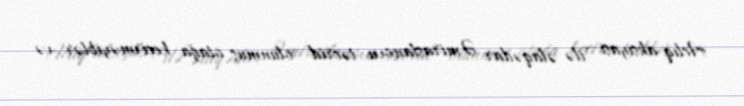
Aclıq aksiyası ilə əlaqədar Əmiraslanovu təcrid olunmuş otağa keçirməyiblər və